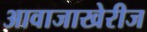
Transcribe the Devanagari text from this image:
आवाजाखेरीज